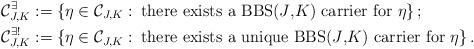
LaTeX: \begin{align*}\mathcal{C}_{J,K}^{\exists}&:=\left\{ \eta \in \mathcal{C}_{J,K}:\: \mbox{there exists a BBS($J$,$K$) carrier for $\eta$}\right\};\\\mathcal{C}_{J,K}^{\exists !}&:=\left\{ \eta \in \mathcal{C}_{J,K}:\: \mbox{there exists a unique BBS($J$,$K$) carrier for $\eta$}\right\}.\end{align*}